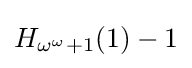
H_{\omega ^{\omega }+1}(1)-1